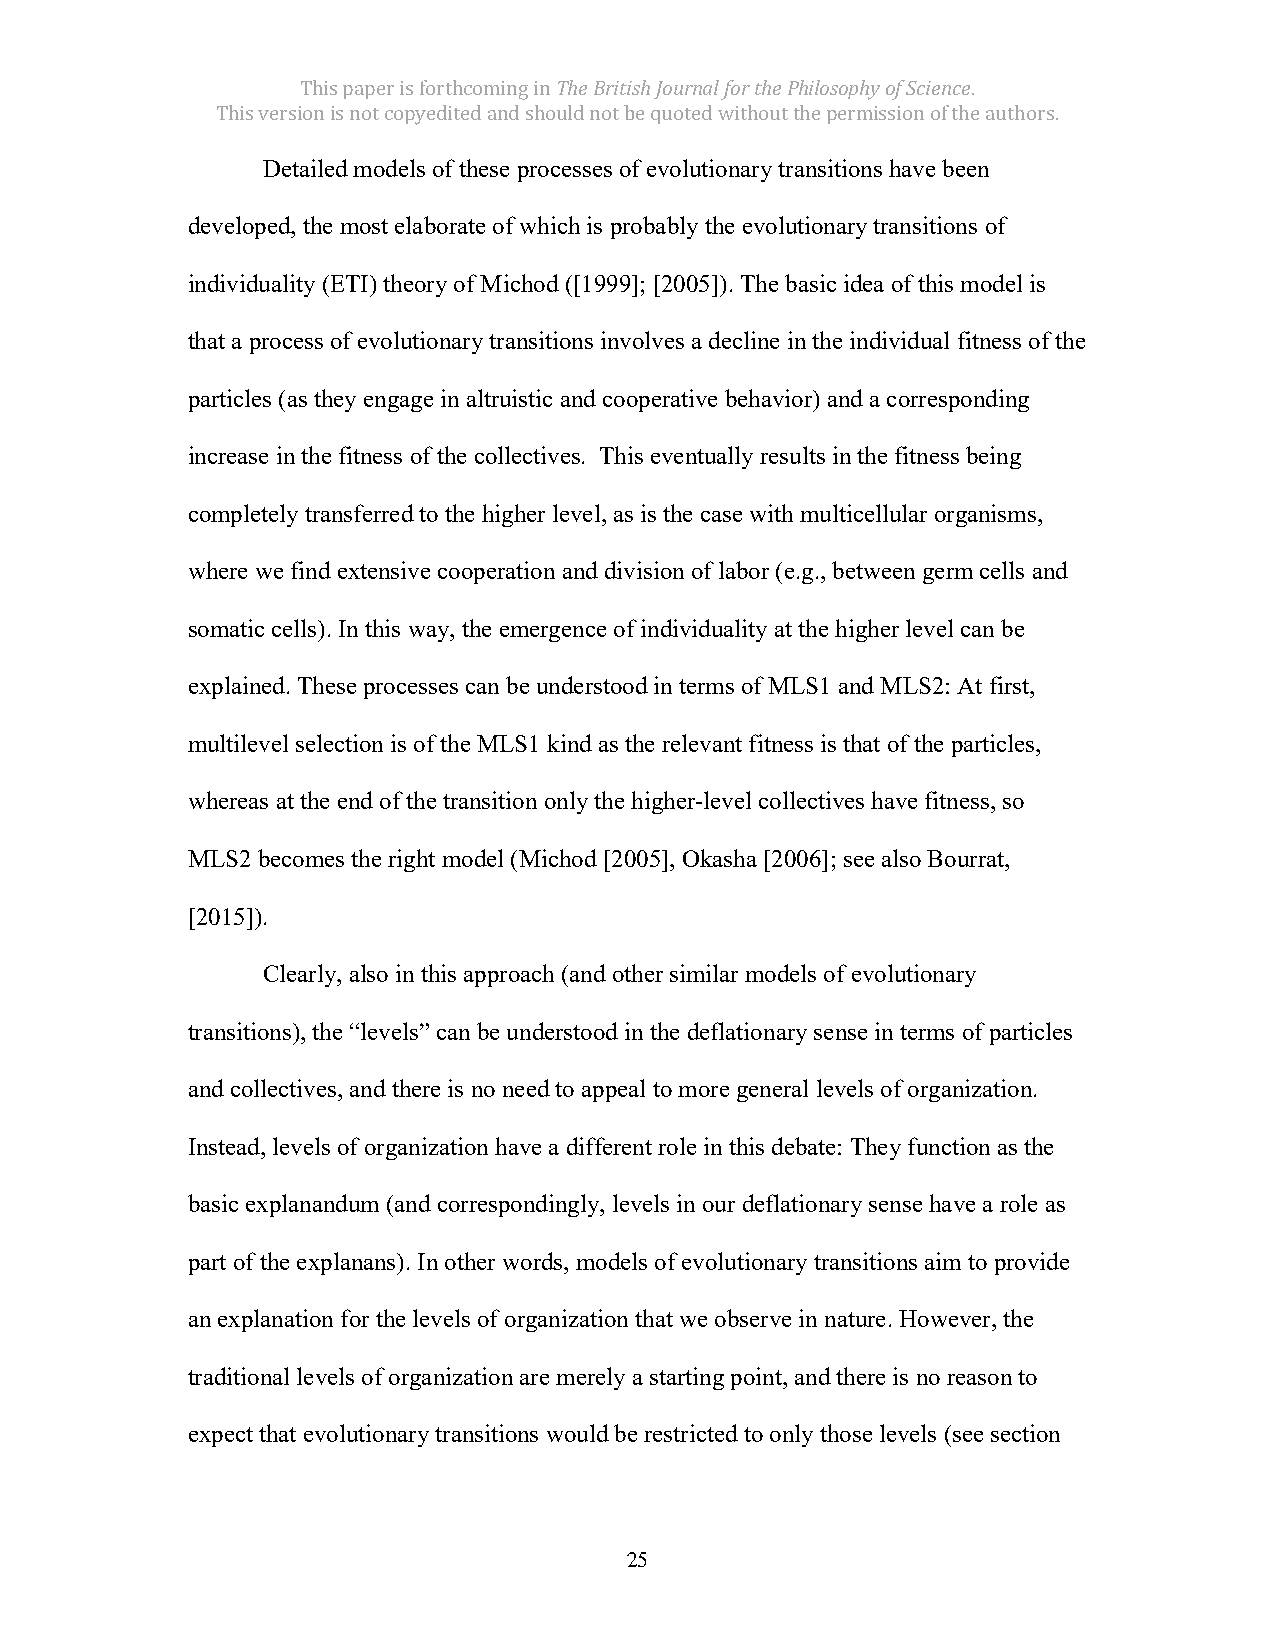
This paper is forthcoming in The British Journal for the Philosophy of Science.
 This version is not copyedited and should not be quoted without the permission of the authors.
 Detailed models of these processes of evolutionary transitions have been
 developed, the most elaborate of which is probably the evolutionary transitions of
 individuality (ETI) theory of Michod ([1999]; [2005]). The basic idea of this model is
 that a process of evolutionary transitions involves a decline in the individual fitness of the
 particles (as they engage in altruistic and cooperative behavior) and a corresponding
 increase in the fitness of the collectives. This eventually results in the fitness being
 completely transferred to the higher level, as is the case with multicellular organisms,
 where we find extensive cooperation and division of labor (e.g., between germ cells and
 somatic cells). In this way, the emergence of individuality at the higher level can be
 explained. These processes can be understood in terms of MLS1 and MLS2: At first,
 multilevel selection is of the MLS1 kind as the relevant fitness is that of the particles,
 whereas at the end of the transition only the higher-level collectives have fitness, so
 MLS2 becomes the right model (Michod [2005], Okasha [2006]; see also Bourrat,
 [2015]).
 Clearly, also in this approach (and other similar models of evolutionary
 transitions), the “levels” can be understood in the deflationary sense in terms of particles
 and collectives, and there is no need to appeal to more general levels of organization.
 Instead, levels of organization have a different role in this debate: They function as the
 basic explanandum (and correspondingly, levels in our deflationary sense have a role as
 part of the explanans). In other words, models of evolutionary transitions aim to provide
 an explanation for the levels of organization that we observe in nature. However, the
 traditional levels of organization are merely a starting point, and there is no reason to
 expect that evolutionary transitions would be restricted to only those levels (see section
 25